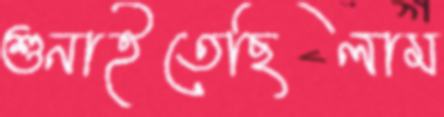
শুনাইতেছিলাম